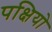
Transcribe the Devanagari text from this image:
पक्षियो